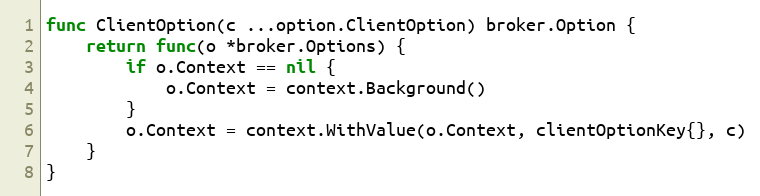
Language: Go
func ClientOption(c ...option.ClientOption) broker.Option {
	return func(o *broker.Options) {
		if o.Context == nil {
			o.Context = context.Background()
		}
		o.Context = context.WithValue(o.Context, clientOptionKey{}, c)
	}
}